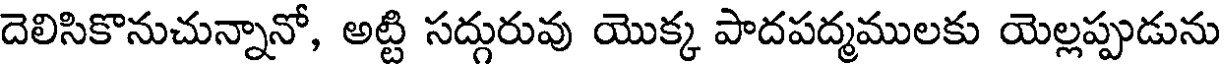
దెలిసికొనుచున్నానో, అట్టి సద్గురువు యొక్క పాదపద్మములకు యెల్లప్పుడును